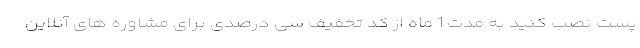
پست نصب کنید به مدت 1 ماه از کد تخفیف سی درصدی برای مشاوره های آنلاین